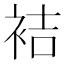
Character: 袺